Senior Leaving Certificate Examination (including Day School Certificate (Higher) General paper), 1949
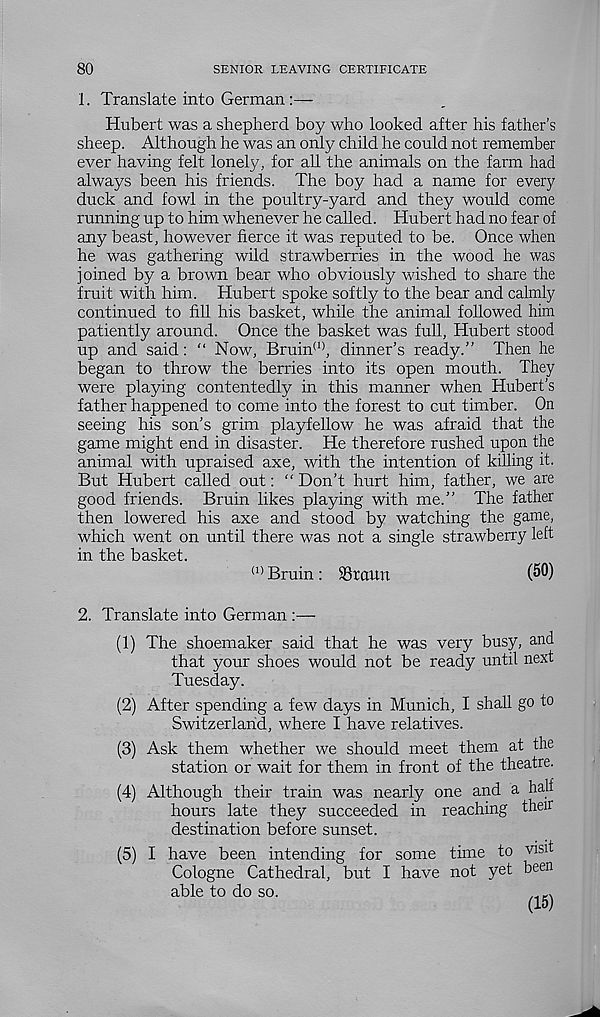
80
SENIOR LEAVING CERTIFICATE
1. Translate into German:—
Hubert was a shepherd boy who looked after his father’s
sheep. Although he was an only child he could not remember
ever having felt lonely, for all the animals on the farm had
always been his friends. The boy had a name for every
duck and fowl in the poultry-yard and they would come
running up to him whenever he called. Hubert had no fear of
any beast, however fierce it was reputed to be. Once when
he was gathering wild strawberries in the wood he was
joined by a brown bear who obviously washed to share the
fruit with him. Hubert spoke softly to the bear and calmly
continued to fill his basket, while the animal followed him
patiently around. Once the basket was full, Hubert stood
up and said: " Now, Bruin (1) , dinner’s ready.” Then he
began to throw the berries into its open mouth. They
were playing contentedly in this manner when Hubert’s
father happened to come into the forest to cut timber. On
seeing his son’s grim playfellow he was afraid that the
game might end in disaster. He therefore rushed upon the
animal with upraised axe, with the intention of killing it.
But Hubert called out: “ Don’t hurt him, father, we are
good friends. Bruin likes playing with me.” The father
then lowered his axe and stood by watching the game,
which went on until there was not a single strawberry left
in the basket.
(1) Bruin : Srctun
(50)
2. Translate into German :—
(1) The shoemaker said that he was very busy, and
that your shoes would not be ready until next
Tuesday.
(2) After spending a few days in Munich, I shall go to
Switzerland, where I have relatives.
(3) Ask them whether we should meet them at the
station or wait for them in front of the theatre.
(4) Although their train was nearly one and a half
hours late they succeeded in reaching their
destination before sunset.
(5) I have been intending for some time to visit
Cologne Cathedral, but I have not yet been
able to do so.
r .